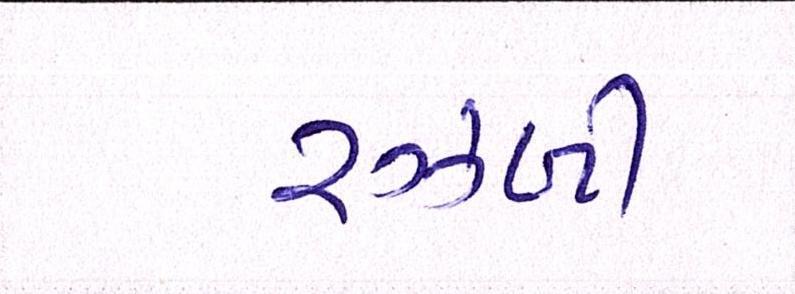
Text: રઝ્ળી